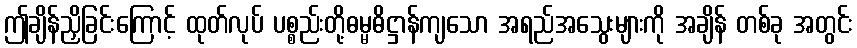
ဤချိန်ညှိခြင်းကြောင့် ထုတ်လုပ် ပစ္စည်းတို့ဓမ္မဓိဋ္ဌာန်ကျသော အရည်အသွေးများကို အချိန် တစ်ခု အတွင်း